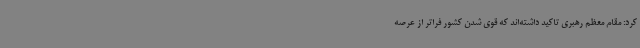
کرد: مقام معظم رهبری تاکید داشته‌اند که قوی شدن کشور فراتر از عرصه